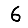
Digit: 6